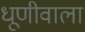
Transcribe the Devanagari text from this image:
धूणीवाला